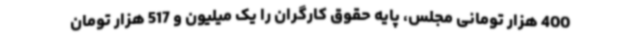
400 هزار تومانی مجلس، پایه حقوق کارگران را یک میلیون و 517 هزار تومان